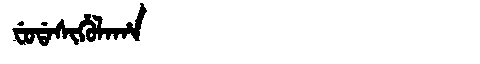
Manchu: ᠸᡠᡩᠠᠰᡳᡥᡠᠯᠠᡥᠠ
Romanization: FUDASIHULAHA